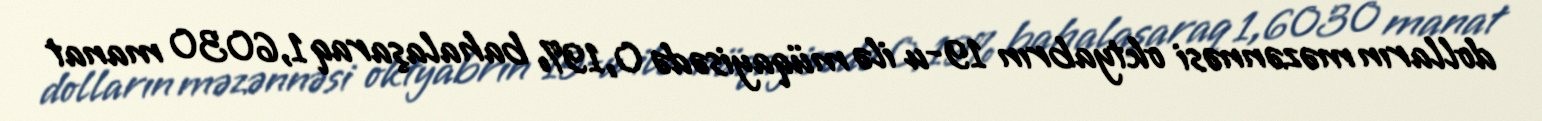
dolların məzənnəsi oktyabrın 19-u ilə müqayisədə 0,19% bahalaşaraq 1,6030 manat